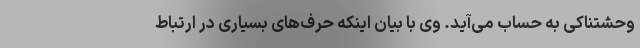
وحشتناکی به حساب می‌آید. وی با بیان اینکه حرف‌های بسیاری در ارتباط